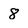
Character: 8